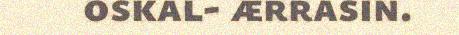
oskal- ærrasin.